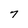
Character: 7